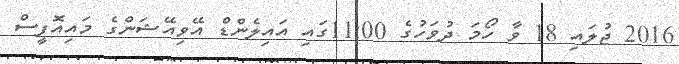
2016 ޖުލައި 18 ވާ ހޯމަ ދުވަހުގެ 11:00ގައި އައިލެންޑް އޭވިއޭޝަންގެ މައިއޮފީސް